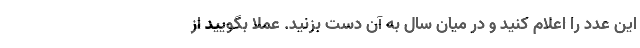
این عدد را اعلام کنید و در میان سال به آن دست بزنید. عملا بگویید از